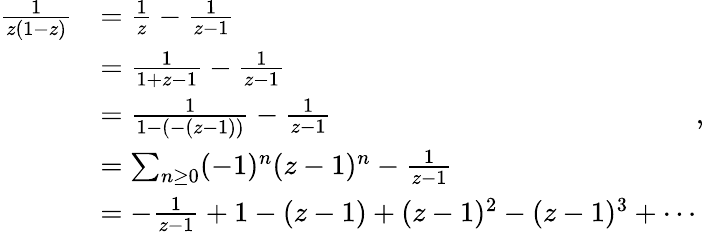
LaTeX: \begin{array}{rl}{\frac{1}{z(1-z)}}&{=\frac{1}{z}-\frac{1}{z-1}}\\ &{=\frac{1}{1+z-1}-\frac{1}{z-1}}\\ &{=\frac{1}{1-(-(z-1))}-\frac{1}{z-1}}\\ &{=\sum_{n\geq 0}(-1)^{n}(z-1)^{n}-\frac{1}{z-1}}\\ &{=-\frac{1}{z-1}+1-(z-1)+(z-1)^{2}-(z-1)^{3}+\cdots}\end{array},